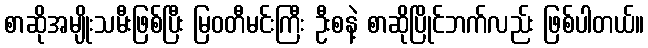
စာဆိုအမျိုးသမီးဖြစ်ပြီး မြဝတီမင်းကြီး ဦးစနဲ့ စာဆိုပြိုင်ဘက်လည်း ဖြစ်ပါတယ်။